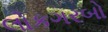
લોકગરબો